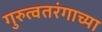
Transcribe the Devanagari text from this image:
गुरुत्वतरंगाच्या